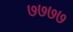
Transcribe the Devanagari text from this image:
७७७७